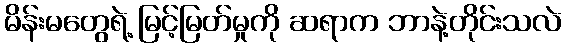
မိန်းမတွေရဲ့ မြင့်မြတ်မှုကို ဆရာက ဘာနဲ့တိုင်းသလဲ